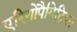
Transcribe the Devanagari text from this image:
एरियोपैगिटिका